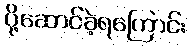
ပို့ဆောင်ခဲ့ရကြောင်း